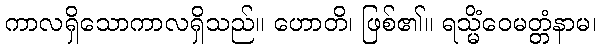
ကာလရှိသောကာလရှိသည်။ ဟောတိ၊ ဖြစ်၏။ ရသ္မိံဝေမတ္တံနာမ၊